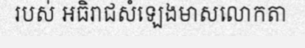
របស់ អធិរាជសំឡេងមាសលោកតា